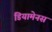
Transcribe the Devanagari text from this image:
डियामेनस